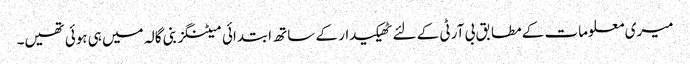
میری معلومات کے مطابق بی آر ٹی کے لئے ٹھیکیدار کے ساتھ ابتدائی میٹنگز بنی گالہ میں ہی ہوئی تھیں۔